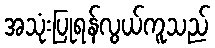
အသုံးပြုရန်လွယ်ကူသည်